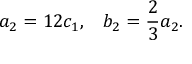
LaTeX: a _ { 2 } = 1 2 c _ { 1 } , \; \; \; b _ { 2 } = \frac { 2 } { 3 } a _ { 2 } .